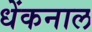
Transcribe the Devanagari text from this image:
धेंकनाल